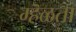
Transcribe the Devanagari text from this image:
म्हॆळता